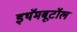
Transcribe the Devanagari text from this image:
इथॅमबूटॉल